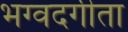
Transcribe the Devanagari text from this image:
भग्वदगीता